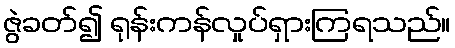
ဇွဲခတ်၍ ရုန်းကန်လှုပ်ရှားကြရသည်။